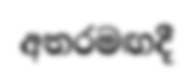
අතරමඟදී